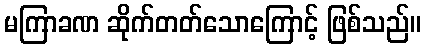
မကြာခဏ ဆိုက်တတ်သောကြောင့် ဖြစ်သည်။